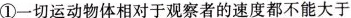
①一切运动物体相对于观察者的速度都不能大于